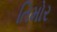
તિમોર